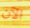
الآن